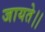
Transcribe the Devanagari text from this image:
जायते।।